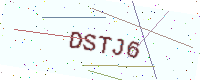
Text: DSTJ6